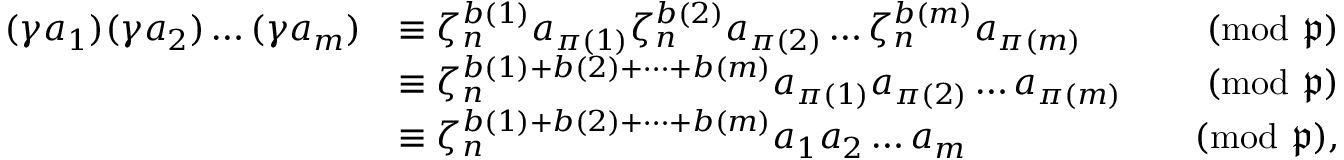
{ \begin{array} { r l r } { ( \gamma a _ { 1 } ) ( \gamma a _ { 2 } ) \dots ( \gamma a _ { m } ) } & { \equiv { \zeta _ { n } ^ { b ( 1 ) } a _ { \pi ( 1 ) } } { \zeta _ { n } ^ { b ( 2 ) } a _ { \pi ( 2 ) } } \dots { \zeta _ { n } ^ { b ( m ) } a _ { \pi ( m ) } } } & { { \pmod { \mathfrak { p } } } } \\ & { \equiv \zeta _ { n } ^ { b ( 1 ) + b ( 2 ) + \dots + b ( m ) } a _ { \pi ( 1 ) } a _ { \pi ( 2 ) } \dots a _ { \pi ( m ) } } & { { \pmod { \mathfrak { p } } } } \\ & { \equiv \zeta _ { n } ^ { b ( 1 ) + b ( 2 ) + \dots + b ( m ) } a _ { 1 } a _ { 2 } \dots a _ { m } } & { { \pmod { \mathfrak { p } } } , } \end{array} }